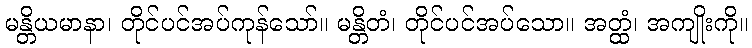
မန္တိယမာနာ၊ တိုင်ပင်အပ်ကုန်သော်။ မန္တိတံ၊ တိုင်ပင်အပ်သော။ အတ္ထံ၊ အကျိုးကို။